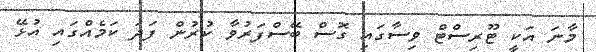
މާނަ އަކީ ޓޫރިސްޓް ވިސާގައި ގޮސް ބޭސްފަރުވާ ކުރުން ފަދަ ކަމެއްގައި އުޅޭ